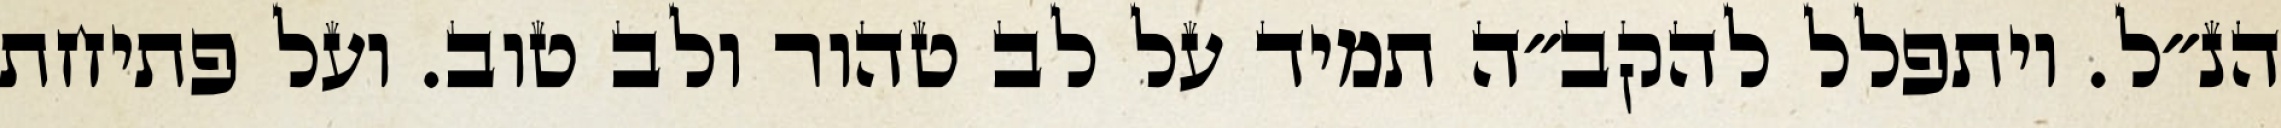
הנ״ל. ויתפלל להקב״ה תמיד על לב טהור ולב טוב. ועל פתיחת